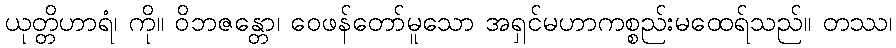
ယုတ္တိဟာရံ၊ ကို။ ဝိဘဇန္တော၊ ဝေဖန်တော်မူသော အရှင်မဟာကစ္စည်းမထေရ်သည်။ တဿ၊